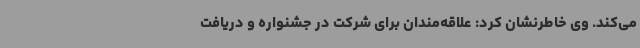
می‌کند. وی خاطرنشان کرد: علاقه‌مندان برای شرکت در جشنواره و دریافت